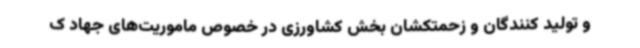
و تولید کنندگان و زحمتکشان بخش کشاورزی در خصوص ماموریت‌های جهاد ک